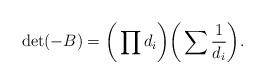
LaTeX: \begin{align*} \det (-B) = \bigg(\prod d_i\bigg)\bigg(\sum \frac{1}{d_i}\bigg). \end{align*}